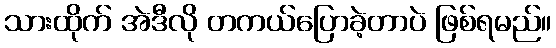
သားထိုက် အဲဒီလို တကယ်ပြောခဲ့တာပဲ ဖြစ်ရမည်။